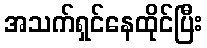
အသက်ရှင်နေထိုင်ပြီး